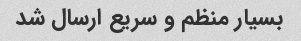
بسیار منظم و سریع ارسال شد